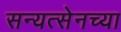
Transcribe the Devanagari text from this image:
सन्यत्सेनच्या